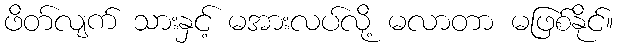
ဖိတ်လျက် သားနှင့် မအားလပ်လို့ မလာတာ မဖြစ်နိုင်။